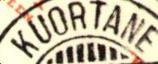
KUORTANE